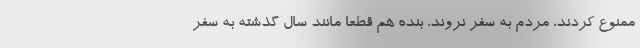
ممنوع کردند، مردم به سفر نروند، بنده هم قطعاً مانند سال گذشته به سفر